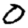
Digit: 0